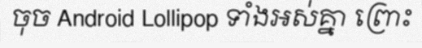
ចុច Android Lollipop ទាំងអស់គ្នា ព្រោះ